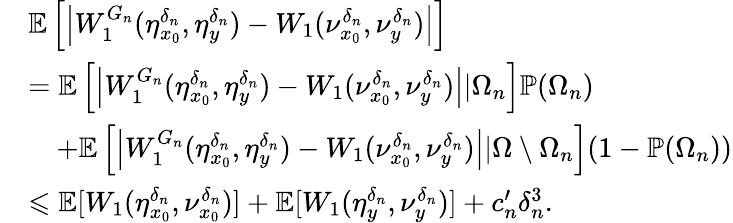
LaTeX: \begin{array}{rl}&{\mathbb E\left[\left|W_{1}^{G_{n}}(\eta_{x_{0}}^{\delta_{n}},\eta_{y}^{\delta_{n}})-W_{1}(\nu_{x_{0}}^{\delta_{n}},\nu_{y}^{\delta_{n}})\right|\right]}\\ &{=\mathbb E\left[\left|W_{1}^{G_{n}}(\eta_{x_{0}}^{\delta_{n}},\eta_{y}^{\delta_{n}})-W_{1}(\nu_{x_{0}}^{\delta_{n}},\nu_{y}^{\delta_{n}})\right||\Omega_{n}\right]\mathbb{P}(\Omega_{n})}\\ &{\quad+\mathbb E\left[\left|W_{1}^{G_{n}}(\eta_{x_{0}}^{\delta_{n}},\eta_{y}^{\delta_{n}})-W_{1}(\nu_{x_{0}}^{\delta_{n}},\nu_{y}^{\delta_{n}})\right||\Omega\setminus\Omega_{n}\right](1-\mathbb{P}(\Omega_{n}))}\\ &{\leqslant\mathbb E[W_{1}(\eta_{x_{0}}^{\delta_{n}},\nu_{x_{0}}^{\delta_{n}})]+\mathbb E[W_{1}(\eta_{y}^{\delta_{n}},\nu_{y}^{\delta_{n}})]+c_{n}^{\prime}\delta_{n}^{3}.}\end{array}